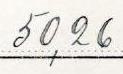
50,26